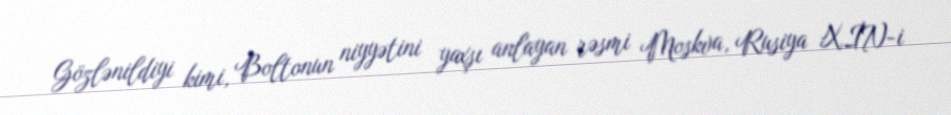
Gözlənildiyi kimi, Boltonun niyyətini yaxşı anlayan rəsmi Moskva, Rusiya XİN-i